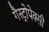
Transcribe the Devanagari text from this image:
गैस्ट्रोपेक्सी